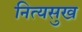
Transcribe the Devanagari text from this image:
नित्यसुख